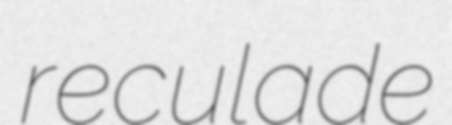
reculade